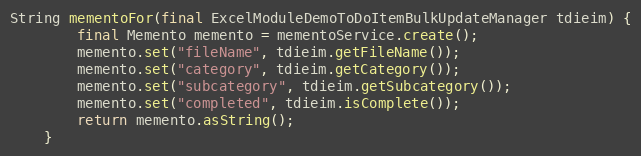
Language: Java
String mementoFor(final ExcelModuleDemoToDoItemBulkUpdateManager tdieim) {
        final Memento memento = mementoService.create();
        memento.set("fileName", tdieim.getFileName());
        memento.set("category", tdieim.getCategory());
        memento.set("subcategory", tdieim.getSubcategory());
        memento.set("completed", tdieim.isComplete());
        return memento.asString();
    }